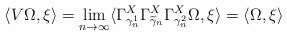
LaTeX: \begin{align*}\langle V \Omega, \xi \rangle=\lim_{n \to \infty} \langle \Gamma^X_{\gamma^1_n} \Gamma^X_{\widetilde \gamma_n} \Gamma^X_{\gamma^2_n} \Omega, \xi \rangle=\langle \Omega, \xi \rangle\end{align*}